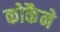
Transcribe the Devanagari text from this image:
कोकैने